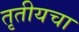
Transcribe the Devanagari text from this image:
तृतीयचा